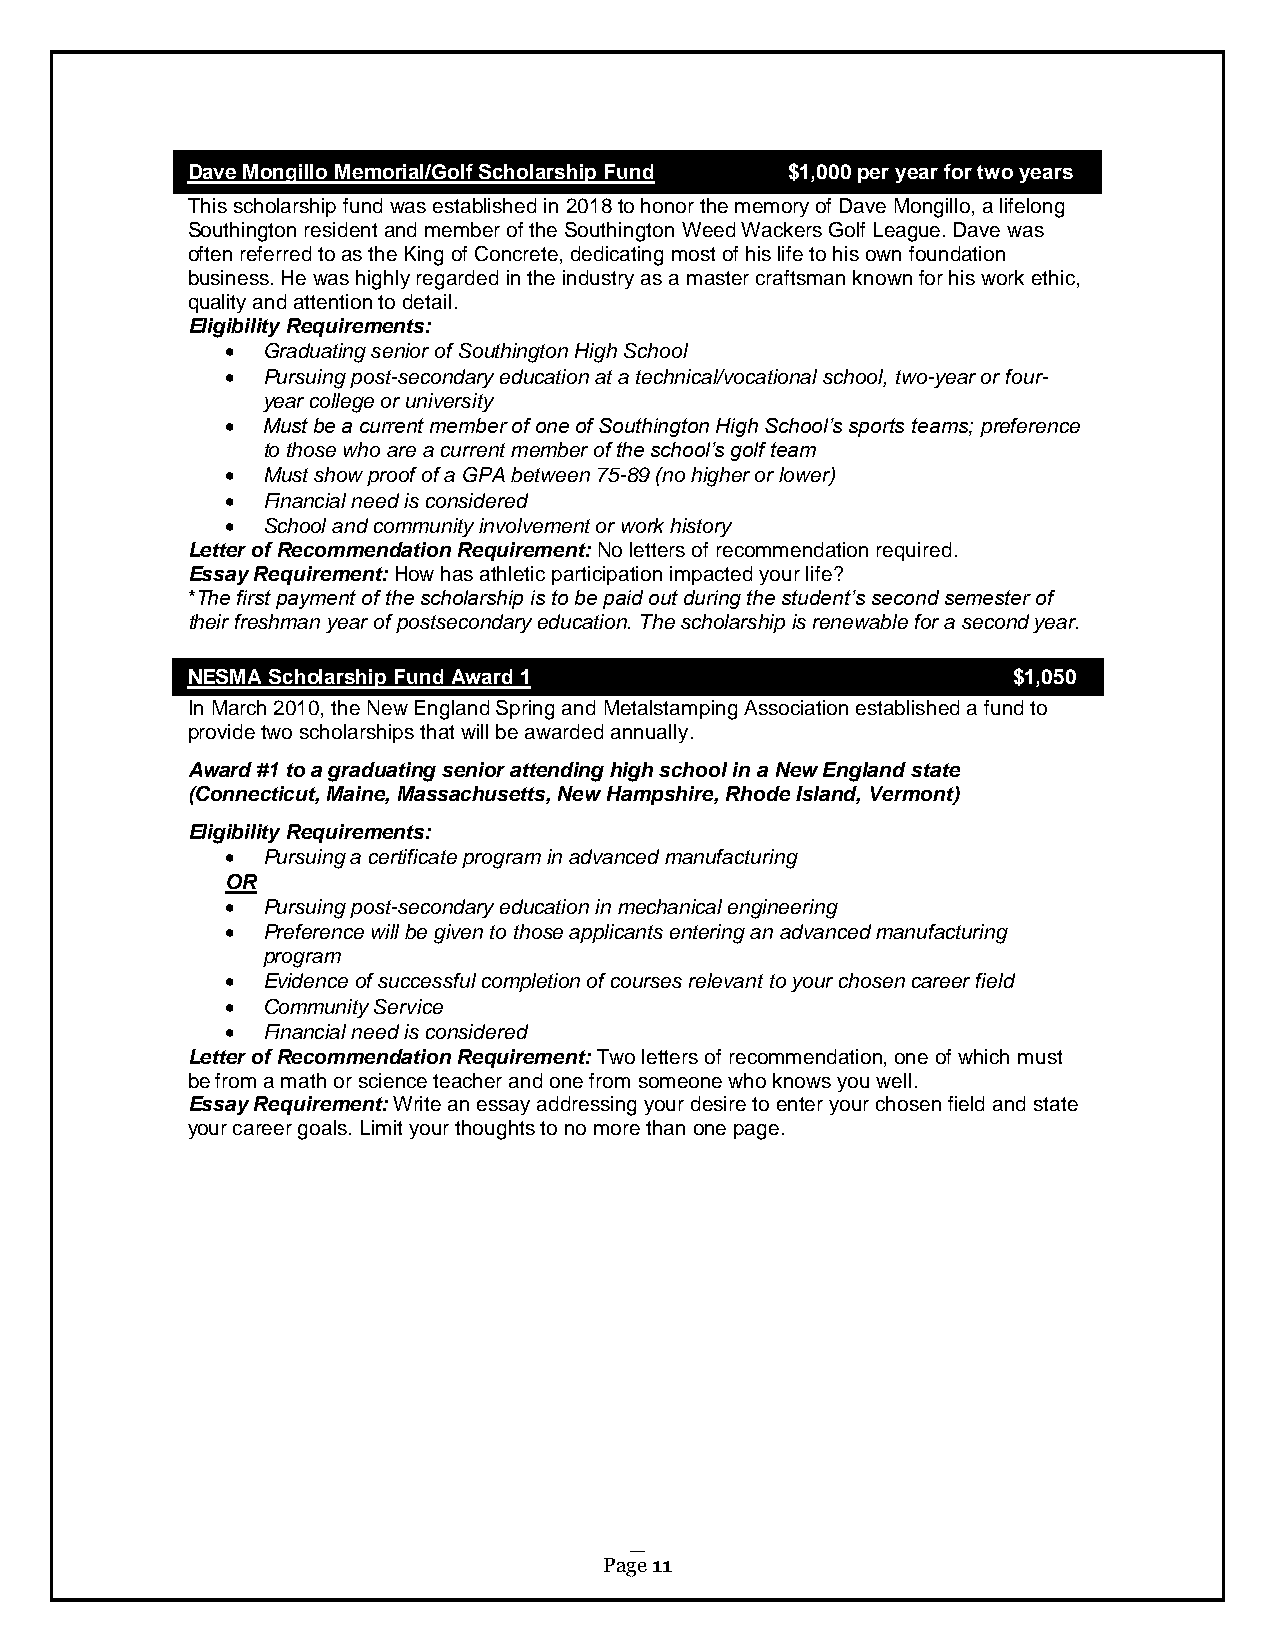
Dave Mongillo Memorial/Golf Scholarship Fund $1,000 per year for two years
 This scholarship fund was established in 2018 to honor the memory of Dave Mongillo, a lifelong
 Southington resident and member of the Southington Weed Wackers Golf League. Dave was
 often referred to as the King of Concrete, dedicating most of his life to his own foundation
 business. He was highly regarded in the industry as a master craftsman known for his work ethic,
 quality and attention to detail.
 Eligibility Requirements:
  Graduating senior of Southington High School
  Pursuing post-secondary education at a technical/vocational school, two-year or four-
 year college or university
  Must be a current member of one of Southington High School’s sports teams; preference
 to those who are a current member of the school’s golf team
  Must show proof of a GPA between 75-89 (no higher or lower)
  Financial need is considered
  School and community involvement or work history
 Letter of Recommendation Requirement: No letters of recommendation required.
 Essay Requirement: How has athletic participation impacted your life?
 *The first payment of the scholarship is to be paid out during the student’s second semester of
 their freshman year of postsecondary education. The scholarship is renewable for a second year.
 NESMA Scholarship Fund Award 1                         $1,050
 In March 2010, the New England Spring and Metalstamping Association established a fund to
 provide two scholarships that will be awarded annually.
 Award #1 to a graduating senior attending high school in a New England state
 (Connecticut, Maine, Massachusetts, New Hampshire, Rhode Island, Vermont)
 Eligibility Requirements:
  Pursuing a certificate program in advanced manufacturing
 OR
  Pursuing post-secondary education in mechanical engineering
  Preference will be given to those applicants entering an advanced manufacturing
 program
  Evidence of successful completion of courses relevant to your chosen career field
  Community Service
  Financial need is considered
 Letter of Recommendation Requirement: Two letters of recommendation, one of which must
 be from a math or science teacher and one from someone who knows you well.
 Essay Requirement: Write an essay addressing your desire to enter your chosen field and state
 your career goals. Limit your thoughts to no more than one page.
 Page 11